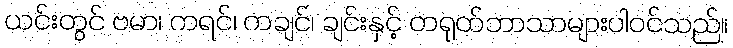
ယင်းတွင် ဗမာ၊ ကရင်၊ ကချင်၊ ချင်းနှင့် တရုတ်ဘာသာများပါဝင်သည်။